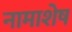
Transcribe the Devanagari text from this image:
नामाशेष